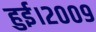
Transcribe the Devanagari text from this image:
हुई।२००९